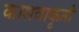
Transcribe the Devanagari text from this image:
कासवाकृती